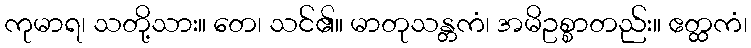
ကုမာရ၊ သတို့သား။ တေ၊ သင်၏။ မာတုသန္တကံ၊ အမိဥစ္စာတည်း။ ဧတ္ထကံ၊